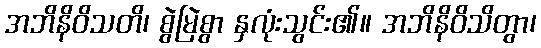
အဘိနိဝိသတိ၊ စွဲမြဲစွာ နှလုံးသွင်း၏။ အဘိနိဝိသိတွာ၊